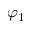
\varphi _ { 1 }